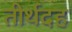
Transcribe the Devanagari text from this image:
तीर्थदह